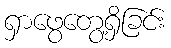
ရှာဖွေတွေ့ရှိခြင်း